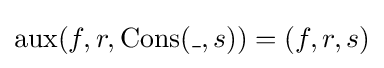
\operatorname {aux} (f,r,\operatorname {Cons} (\_,s))=(f,r,s)